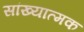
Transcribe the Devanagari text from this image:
सांख्यात्मक